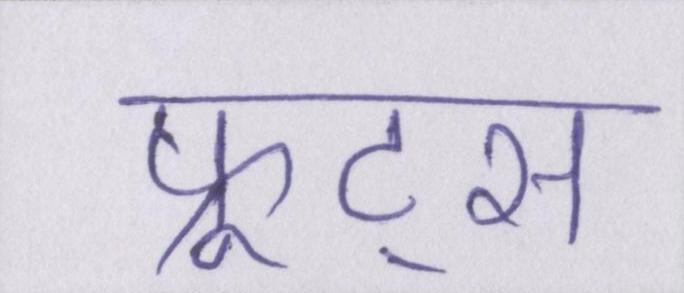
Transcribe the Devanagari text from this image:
फ्रूट्स